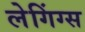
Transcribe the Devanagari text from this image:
लेगिंग्स